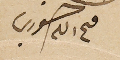
فىح الله خوري